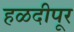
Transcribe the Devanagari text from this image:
हळदीपूर